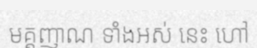
មគ្គញាណ ទាំងអស់ នេះ ហៅ